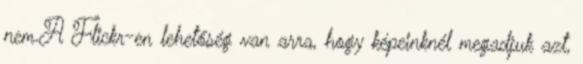
nem.A Flickr-en lehetőség van arra, hogy képeinknél megadjuk azt,